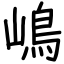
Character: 嶋